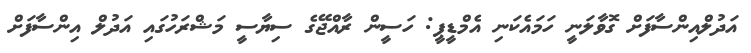
އަދުލްއިންސާފަށް ގޮވާލަނީ ހަމައެކަނި އެމްޑީޕީ: ހަސީން ރާއްޖޭގެ ސިޔާސީ މަޝްރަހުގައި އަދުލް އިންސާފަށް